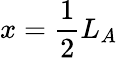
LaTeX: x=\frac{1}{2}L_{A}